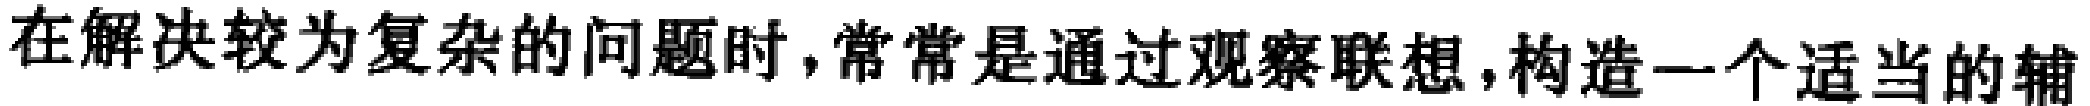
在解决较为复杂的问题时,常常是通过观察联想,构造一个适当的辅